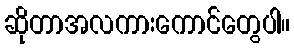
ဆိုတာအလကားကောင်တွေပါ။